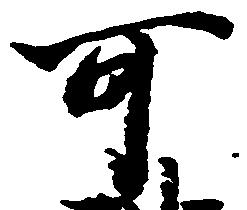
可